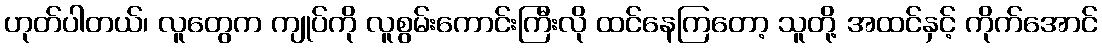
ဟုတ်ပါတယ်၊ လူတွေက ကျုပ်ကို လူစွမ်းကောင်းကြီးလို ထင်နေကြတော့ သူတို့ အထင်နှင့် ကိုက်အောင်